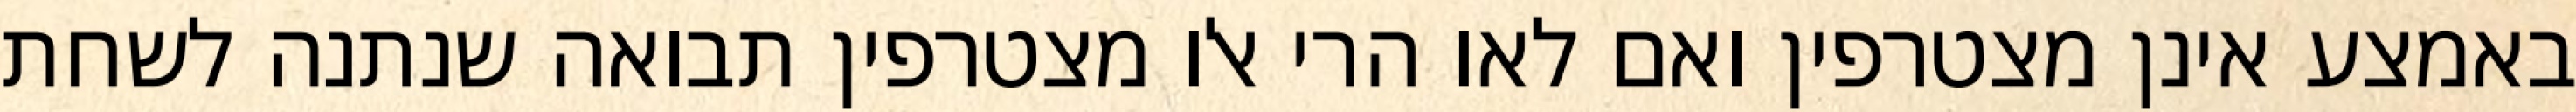
באמצע אינן מצטרפין ואם לאו הרי אלו מצטרפין תבואה שנתנה לשחת